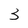
Character: 3